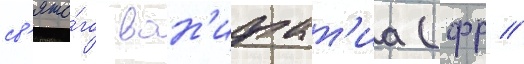
св'ято́го вон'ифат'иа (фр //